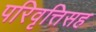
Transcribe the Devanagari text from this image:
परिवृत्तिसह